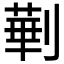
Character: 𱐤